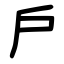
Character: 戶